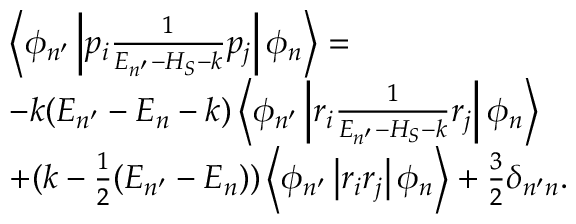
\begin{array} { r l } & { \left\langle \phi _ { n ^ { \prime } } \left| p _ { i } \frac { 1 } { E _ { n ^ { \prime } } - H _ { S } - k } p _ { j } \right| \phi _ { n } \right\rangle = } \\ & { - k ( E _ { n ^ { \prime } } - E _ { n } - k ) \left\langle \phi _ { n ^ { \prime } } \left| r _ { i } \frac { 1 } { E _ { n ^ { \prime } } - H _ { S } - k } r _ { j } \right| \phi _ { n } \right\rangle \qquad } \\ & { + ( k - \frac { 1 } { 2 } ( E _ { n ^ { \prime } } - E _ { n } ) ) \left\langle \phi _ { n ^ { \prime } } \left| r _ { i } r _ { j } \right| \phi _ { n } \right\rangle + \frac { 3 } { 2 } \delta _ { n ^ { \prime } n } . \qquad } \end{array}